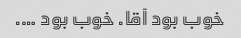
خوب بود آقا. خوب بود ….